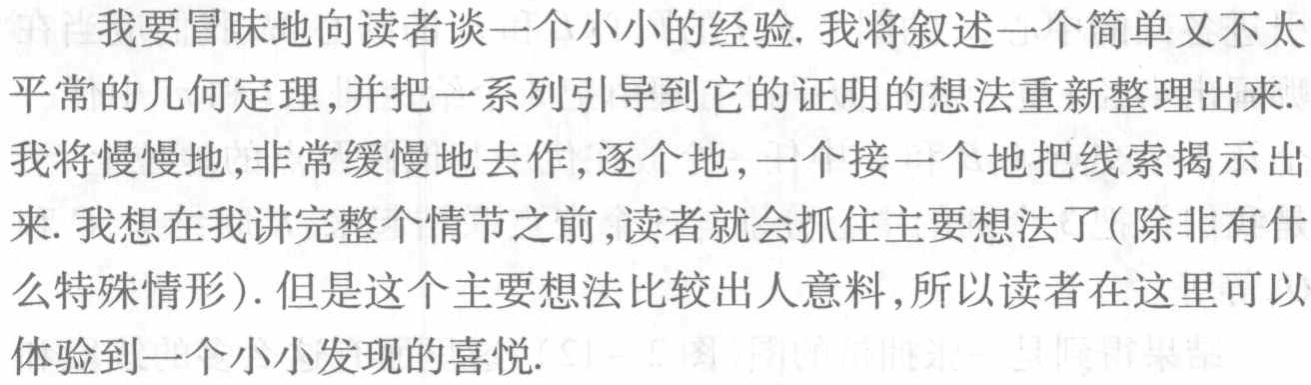
我要冒昧地向读者谈一个小小的经验. 我将叙述一个简单又不太
平常的几何定理,并把一系列引导到它的证明的想法重新整理出来.
我将慢慢地,非常缓慢地去作,逐个地,一个接一个地把线索揭示出
来. 我想在我讲完整个情节之前,读者就会抓住主要想法了(除非有什
么特殊情形). 但是这个主要想法比较出人意料,所以读者在这里可以
体验到一个小小发现的喜悦.